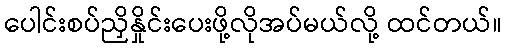
ပေါင်းစပ်ညှိနှိုင်းပေးဖို့လိုအပ်မယ်လို့ ထင်တယ်။